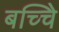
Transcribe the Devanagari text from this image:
बच्चेि